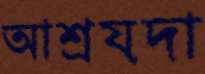
আশ্রয়দা